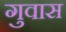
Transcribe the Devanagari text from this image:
गुवास